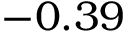
- 0 . 3 9